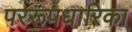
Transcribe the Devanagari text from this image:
पररूपधारिका